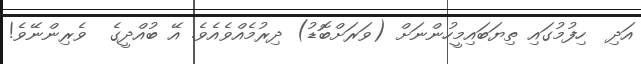
އަދި  ހިފުމުގައި ތިޔަބައިމީހުންނަށް (ވަރަށްބޮޑު) ދިރުމެއްވެއެވެ. އޭ ބުއްދީގެ  ވެރިންނޭވެ!